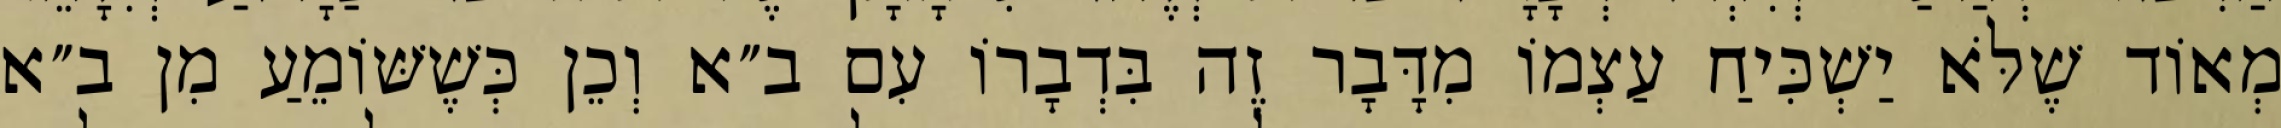
מְאוֹד שֶׁלֹּא יַשְׁכִּיחַ עַצְמוֹ מִדָּבָר זֶה בִּדְבָרוֹ עִם ב״א וְכֵן כְּשֶׁשּׁוֹמֵעַ מִן ב״א